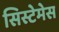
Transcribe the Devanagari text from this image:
सिस्टेमेस